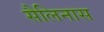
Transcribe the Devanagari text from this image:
सैलिनास